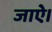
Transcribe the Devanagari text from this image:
जाऐ।